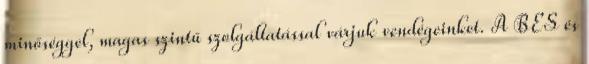
minőséggel, magas szintű szolgáltatással várjuk vendégeinket. A BES és